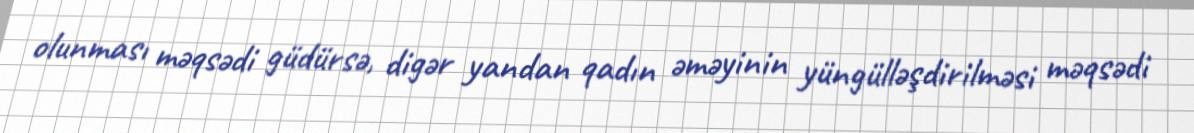
olunması məqsədi güdürsə, digər yandan qadın əməyinin yüngülləşdirilməsi məqsədi